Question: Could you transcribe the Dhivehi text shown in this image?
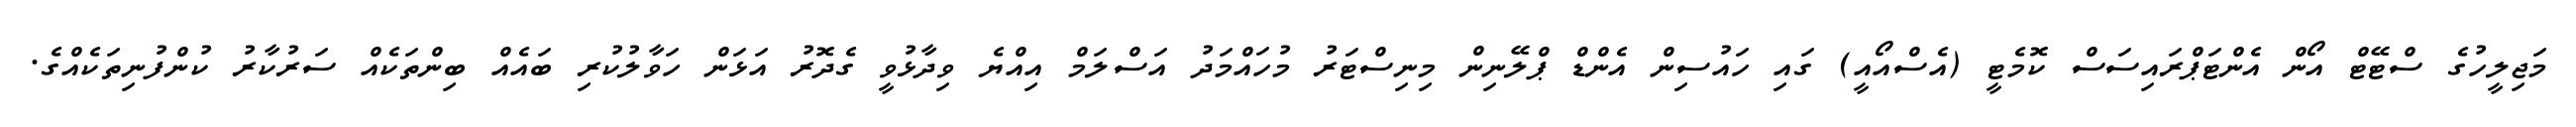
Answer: މަޖިލީހުގެ ސްޓޭޓް އޯން އެންޓަޕްރައިސަސް ކޮމެޓީ (އެސްއޯއީ) ގައި ހައުސިން އެންޑް ޕްލޭނިން މިނިސްޓަރު މުހައްމަދު އަސްލަމް އިއްޔެ ވިދާޅުވީ ގެދޮރު އަޅަން ހަވާލުކުރި ބައެއް ބިންތަކެއް ސަރުކާރު ކުންފުނިތަކެއްގެ.